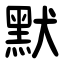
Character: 默